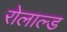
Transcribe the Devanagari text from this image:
रोलाल्ड